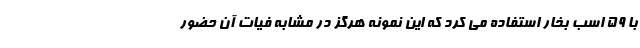
با 59 اسب بخار استفاده می کرد که این نمونه هرگز در مشابه فیات آن حضور